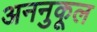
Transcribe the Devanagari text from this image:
अननुकूल